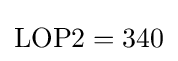
{\mbox{LOP2}}=340